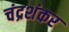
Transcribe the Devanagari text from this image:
चंद्रशंकर